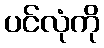
ပင်လုံကို